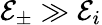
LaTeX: \mathcal{E}_{\pm}\gg\mathcal{E}_{i}